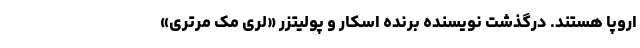
اروپا هستند. درگذشت نویسنده برنده اسکار و پولیتزر «لری مک‌ مرتری»